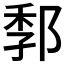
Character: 𰻭